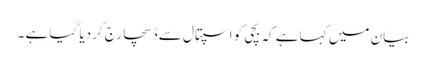
بیان میں کہا ہے کہ بچی کو اسپتال سے ڈسچارج کردیا گیا ہے ۔